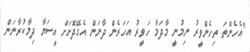
"އެހެންތަ ތިހެންވީރު ނިމުނީ މާދަމާ ހަވީރު އަހަރެން ދާނަން އެގޭދޮށަށް އީސަޔާ ދިމާކުރާނަން